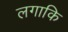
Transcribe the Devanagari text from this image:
लगाकि